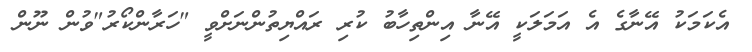
އެކަމަކު އޭނާގެ އެ އަމަލަކީ އޭނާ އިންތިހާބު ކުރި ރައްޔިތުންނަށްވީ "ހަރާންކޯރު"ވުން ނޫން